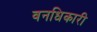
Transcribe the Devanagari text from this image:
वनधिकारी